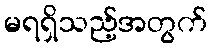
မရရှိသည့်အတွက်